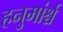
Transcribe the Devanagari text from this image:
हनुमांर्श्च